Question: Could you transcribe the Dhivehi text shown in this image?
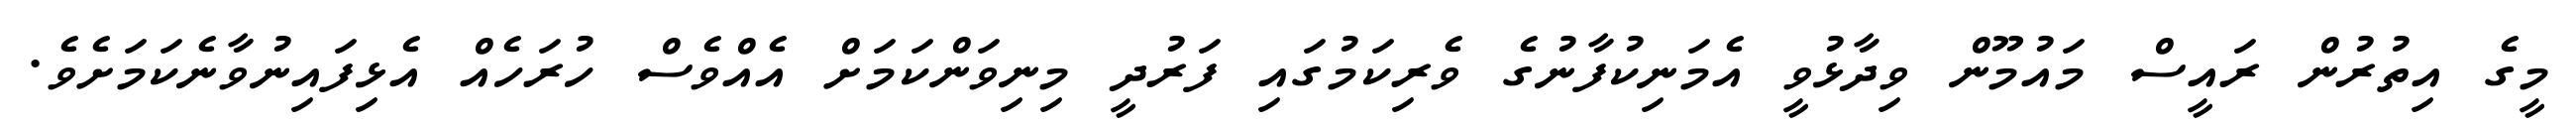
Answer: މީގެ އިތުރުން ރައީސް މައުމޫން ވިދާޅުވީ އެމަނިކުފާނުގެ ވެރިކަމުގައި ފަރުދީ މިނިވަންކަމަށް އެއްވެސް ހުރަހެއް އެޅިފައިނުވާނެކަމަށެވެ.